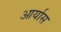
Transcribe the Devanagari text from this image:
आर्यास